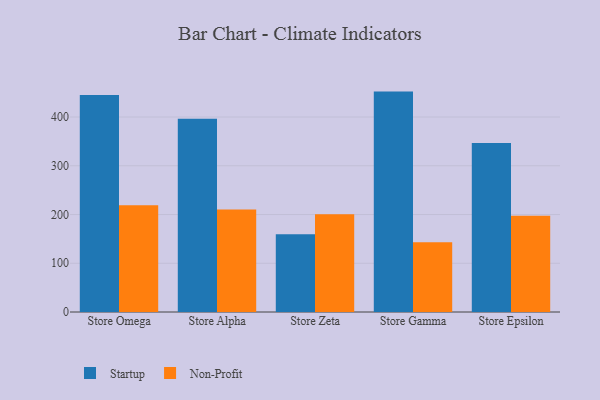
{"axis": {"x": "Store", "y": "Budget (USD K)"}, "legend": ["Non-Profit", "Startup"], "data": [{"x": "Store Omega", "y": 445.4, "type": "Startup"}, {"x": "Store Omega", "y": 219.0, "type": "Non-Profit"}, {"x": "Store Alpha", "y": 396.6, "type": "Startup"}, {"x": "Store Alpha", "y": 210.2, "type": "Non-Profit"}, {"x": "Store Zeta", "y": 159.3, "type": "Startup"}, {"x": "Store Zeta", "y": 200.4, "type": "Non-Profit"}, {"x": "Store Gamma", "y": 452.2, "type": "Startup"}, {"x": "Store Gamma", "y": 143.3, "type": "Non-Profit"}, {"x": "Store Epsilon", "y": 346.6, "type": "Startup"}, {"x": "Store Epsilon", "y": 197.4, "type": "Non-Profit"}]}